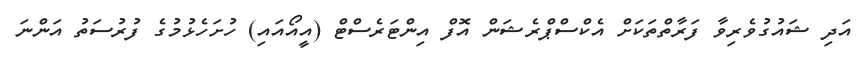
އަދި ޝައުގުވެރިވާ ފަރާތްތަކަށް އެކްސްޕްރެޝަން އޮފް އިންޓަރެސްޓް (އީއޯއައި) ހުށަހެޅުމުގެ ފުރުސަތު އަންނަ